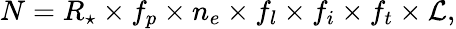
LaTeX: N=R_{\star}\times f_{p}\times n_{e}\times f_{l}\times f_{i}\times f_{t}\times\mathcal{L},